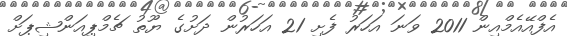
އެފްއޭއެމްއިން 2011 ވަނަ އަހަރު ފެށި 21 އަހަރުން ދަށުގެ ޔޫތު ޗެމްޕިއަންޝިޕަށް